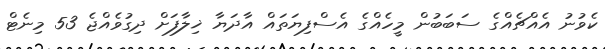
ކެވުނު އެއްޗެއްގެ ސަބަބުން މީހެއްގެ އެސްފިޔަތައް އާދަޔާ ޚިލާފަށް ދިގުވެއްޖެ 53 މިނެޓް